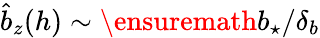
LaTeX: \hat{b}_{z}(h)\sim\ensuremath{b_{\star}}/\delta_{b}